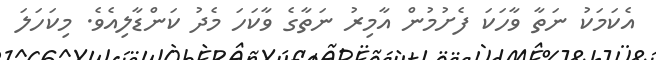
އެކަމަކު ނަތާ ވާހަކަ ފެށުމުން އާމިރު ނަތާގެ ވާކަހަ މެދު ކަންޑާލިއެވެ. މިކަހަލަ